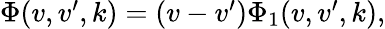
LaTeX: \begin{array}{r}{\Phi(v,v^{\prime},k)=(v-v^{\prime})\Phi_{1}(v,v^{\prime},k),}\end{array}